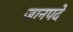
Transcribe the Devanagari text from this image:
जानपदे